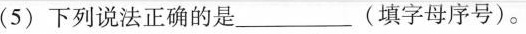
(5)下列说法正确的是___(填字母序号)。